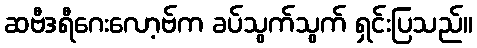
ဆဗီဒရီဂေးလော့ဗ်က ခပ်သွက်သွက် ရှင်းပြသည်။